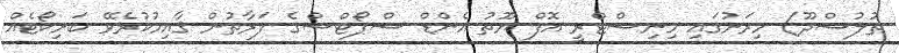
ތުލުސްދޫ) މިރަށުގައި މިނިސްޓްރީ އޮފް ޔޫތު އެންޑް ސްޕޯޓްސްގެ ފަރާތުން ޤާއިމުކުރެވޭ ބަށިކޯޓެއް